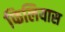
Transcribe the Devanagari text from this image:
फिलियास